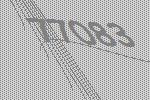
77083